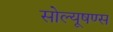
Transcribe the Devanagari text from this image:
सोल्यूषण्स